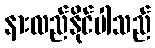
နားလည်နိုင်ပါသည်